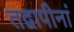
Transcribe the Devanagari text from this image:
तद्वापीनां